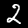
Digit: 2